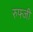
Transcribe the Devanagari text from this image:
रुफ्जी